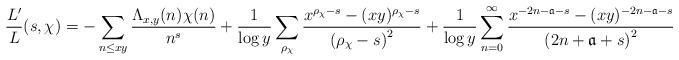
LaTeX: \begin{align*}\frac{L'}{L}(s,\chi) = -\sum_{n\leq xy}\frac{\Lambda_{x,y}(n)\chi(n)}{n^s} + \frac{1}{\log{y}}\sum_{\rho_{\chi}}\frac{x^{\rho_{\chi}-s}-(xy)^{\rho_{\chi}-s}}{\left(\rho_{\chi}-s\right)^{2}} + \frac{1}{\log{y}}\sum_{n=0}^{\infty}\frac{x^{-2n-\mathfrak{a}-s}-(xy)^{-2n-\mathfrak{a}-s}}{\left(2n+\mathfrak{a}+s\right)^{2}}\end{align*}